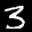
Label: 3